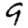
Digit: 9